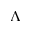
\Lambda